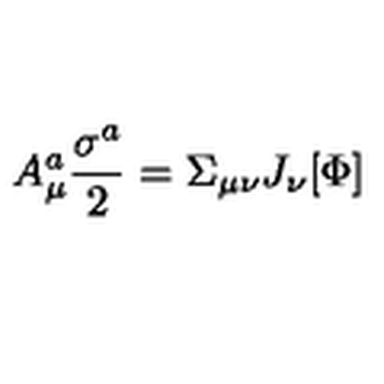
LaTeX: A _ { \mu } ^ { a } \frac { \sigma ^ { a } } { 2 } = \Sigma _ { \mu \nu } J _ { \nu } [ \Phi ]